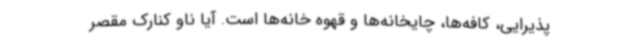
پذیرایی، کافه‌ها، چایخانه‌ها و قهوه خانه‌ها است. آیا ناو کنارک مقصر